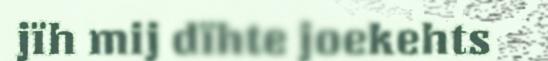
jïh mij dïhte joekehts